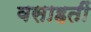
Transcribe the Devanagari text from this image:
वसाहतीं